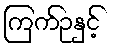
ကြက်ဥနှင့်